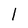
Character: l